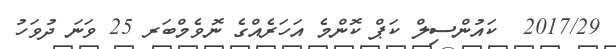
2017/29  ކައުންސިލް ކަޕް ކޮންމެ އަހަރެއްގެ ނޮވެމްބަރ 25 ވަނަ ދުވަހު